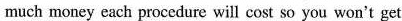
much money each procedure will cost so you won't get